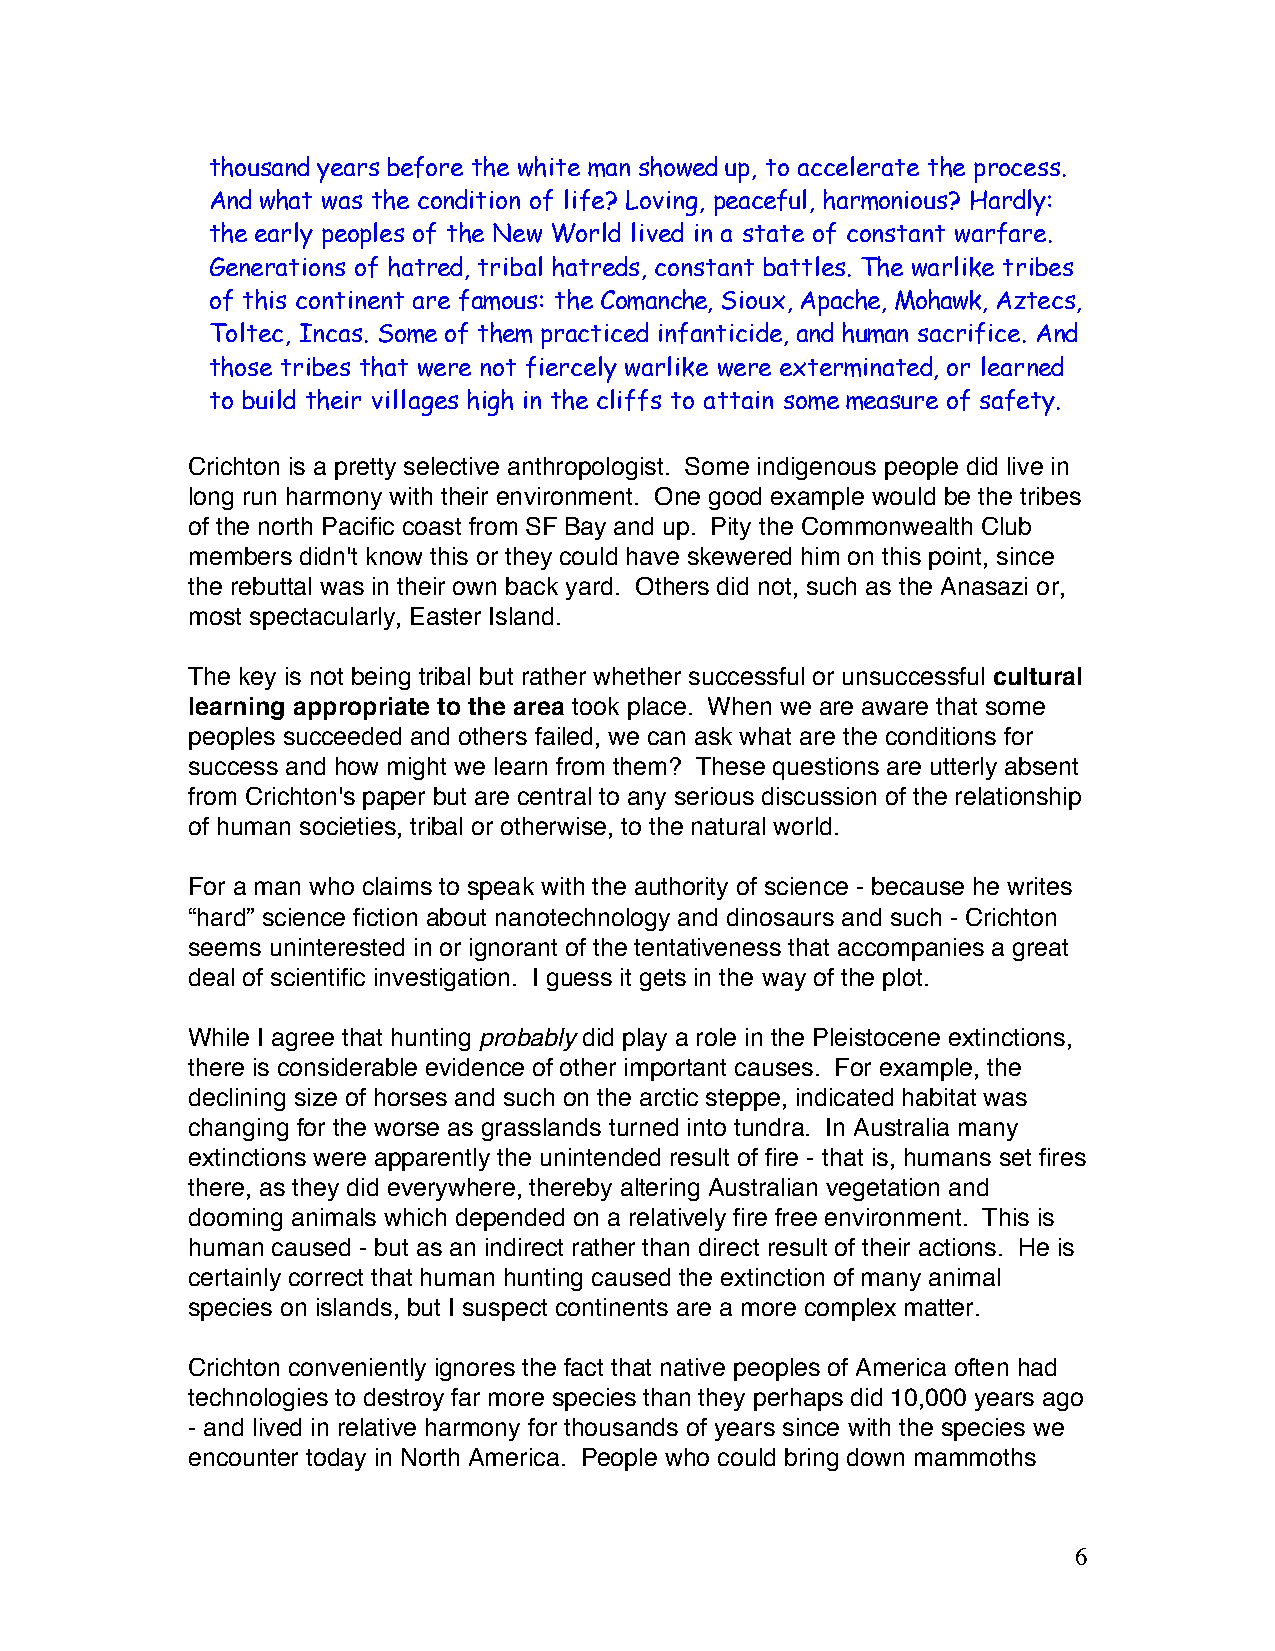
thousand years before the white man showed up, to accelerate the process.
 And what was the condition of life? Loving, peaceful, harmonious? Hardly:
 the early peoples of the New World lived in a state of constant warfare.
 Generations of hatred, tribal hatreds, constant battles. The warlike tribes
 of this continent are famous: the Comanche, Sioux, Apache, Mohawk, Aztecs,
 Toltec, Incas. Some of them practiced infanticide, and human sacrifice. And
 those tribes that were not fiercely warlike were exterminated, or learned
 to build their villages high in the cliffs to attain some measure of safety.
 Crichton is a pretty selective anthropologist. Some indigenous people did live in
 long run harmony with their environment. One good example would be the tribes
 of the north Pacific coast from SF Bay and up. Pity the Commonwealth Club
 members didn't know this or they could have skewered him on this point, since
 the rebuttal was in their own back yard. Others did not, such as the Anasazi or,
 most spectacularly, Easter Island.
 The key is not being tribal but rather whether successful or unsuccessful cultural
 learning appropriate to the area took place. When we are aware that some
 peoples succeeded and others failed, we can ask what are the conditions for
 success and how might we learn from them? These questions are utterly absent
 from Crichton's paper but are central to any serious discussion of the relationship
 of human societies, tribal or otherwise, to the natural world.
 For a man who claims to speak with the authority of science - because he writes
 “hard” science fiction about nanotechnology and dinosaurs and such - Crichton
 seems uninterested in or ignorant of the tentativeness that accompanies a great
 deal of scientific investigation. I guess it gets in the way of the plot.
 While I agree that hunting probably did play a role in the Pleistocene extinctions,
 there is considerable evidence of other important causes. For example, the
 declining size of horses and such on the arctic steppe, indicated habitat was
 changing for the worse as grasslands turned into tundra. In Australia many
 extinctions were apparently the unintended result of fire - that is, humans set fires
 there, as they did everywhere, thereby altering Australian vegetation and
 dooming animals which depended on a relatively fire free environment. This is
 human caused - but as an indirect rather than direct result of their actions. He is
 certainly correct that human hunting caused the extinction of many animal
 species on islands, but I suspect continents are a more complex matter.
 Crichton conveniently ignores the fact that native peoples of America often had
 technologies to destroy far more species than they perhaps did 10,000 years ago
 - and lived in relative harmony for thousands of years since with the species we
 encounter today in North America. People who could bring down mammoths
 6